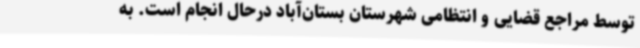
توسط مراجع قضایی و انتظامی شهرستان بستان‌آباد درحال انجام است. به